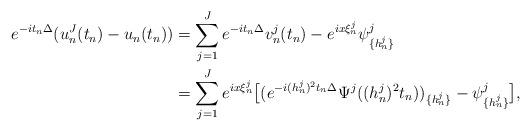
LaTeX: \begin{align*}e^{-it_n\Delta}({u}_n^J(t_n) - u_{n}(t_n))&= \sum_{j=1}^J e^{-it_n\Delta} v_n^j(t_n) - e^{ix\xi_n^j} \psi^j_{\{ h_n^j \}} \\&= \sum_{j=1}^J e^{ix\xi_n^j} \bigl[(e^{-i(h_n^j)^2t_n\Delta} \Psi^j((h_n^j)^2t_n))_{\{h_n^j\}}-\psi^j_{\{ h_n^j \}} \bigr],\end{align*}